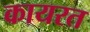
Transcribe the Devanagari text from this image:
कायरत